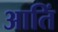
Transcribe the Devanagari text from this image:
आतिं